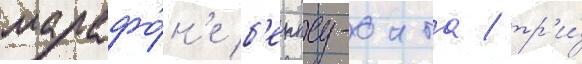
марафо́н'е б'еппу-оита / тр'и́